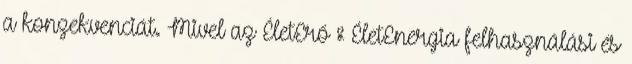
a konzekvenciát. Mivel az ÉletErő & ÉletEnergia felhasználási és